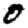
Digit: 0